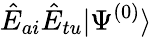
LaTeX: \hat{E}_{ai}\hat{E}_{tu}|\Psi^{(0)}\rangle